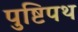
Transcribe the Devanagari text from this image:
पुष्टिपथ